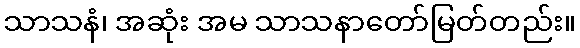
သာသနံ၊ အဆုံး အမ သာသနာတော်မြတ်တည်း။